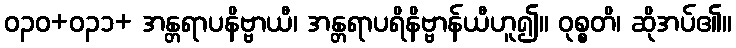
ဝ၃၀+၀၃၁+ အန္တရာပနိဗ္ဗာယီ၊ အန္တရာပရိနိဗ္ဗာန်ယီဟူ၍။ ဝုစ္စတိ၊ ဆိုအပ်၏။